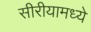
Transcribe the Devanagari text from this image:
सीरीयामध्ये